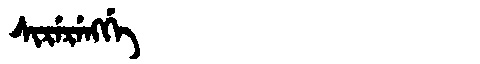
Manchu: ᠰᡳᡵᡝᡵᡝᠩᡤᡝ
Romanization: SIRERENGGE